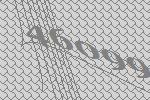
46099